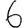
Digit: 6